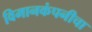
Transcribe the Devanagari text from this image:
विमानकंपनीचा